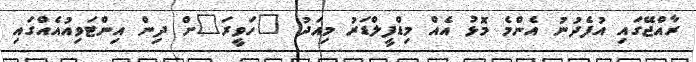
ރާއްޖޭގައި އުފެދުނު އެންމެ މޮޅު އެއް މިޑްފީލްޑަރު މިއަދު "ހަވީރަ"ށް ދިން އިންޓަވިއުއެއްގައި